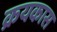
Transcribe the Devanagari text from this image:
क्रयकास